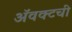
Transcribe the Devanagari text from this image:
ॲवक्टची